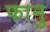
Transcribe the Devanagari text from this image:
फानु